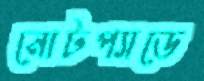
নোটপ্যাডে